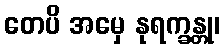
တေပိ အမှေ နုရက္ခန္တု၊